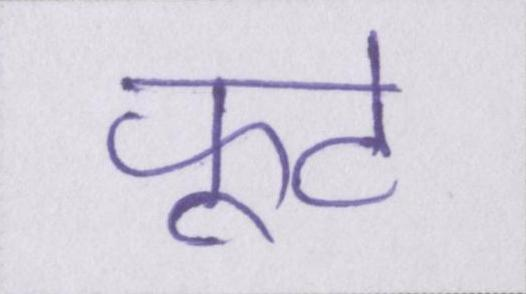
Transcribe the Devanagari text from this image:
फूटे